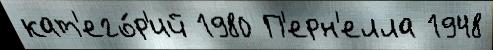
кат'его́р'ий 1980 П'ерн'елла 1948